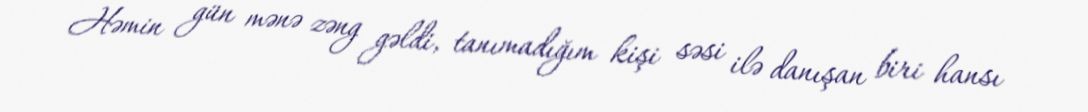
Həmin gün mənə zəng gəldi, tanımadığım kişi səsi ilə danışan biri hansı